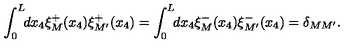
\int _ { 0 } ^ { L } \! \! d x _ { 4 } \xi _ { M } ^ { + } ( x _ { 4 } ) \xi _ { M ^ { \prime } } ^ { + } ( x _ { 4 } ) = \int _ { 0 } ^ { L } \! \! d x _ { 4 } \xi _ { M } ^ { - } ( x _ { 4 } ) \xi _ { M ^ { \prime } } ^ { - } ( x _ { 4 } ) = \delta _ { M M ^ { \prime } } .